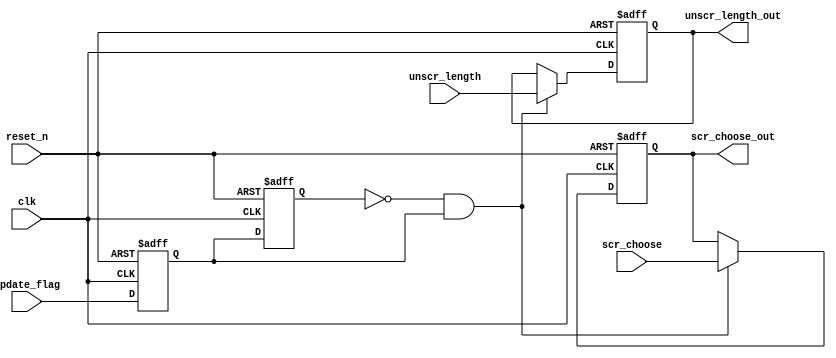
module ScrUpdateCon(
					input clk,
					input reset_n,
					
					input update_flag,
					
					input  scr_choose,
					input [7 : 0] unscr_length,
					
					output reg  scr_choose_out,
					output reg [7 : 0] unscr_length_out
					);
	reg flag_reg0;
	reg flag_reg1;
	
	always @ (posedge clk or negedge reset_n)
	begin
		if (!reset_n)
		begin
			flag_reg0 <= 1'b0;
			flag_reg1 <= 1'b0;
		end
		else
		begin
			flag_reg0 <= update_flag;
			flag_reg1 <= flag_reg0;
		end
	end 
	
	always @ (posedge clk or negedge reset_n)
	begin
		if (!reset_n)
		begin			
			scr_choose_out <= 1'b0;
			unscr_length_out <= 8'd0;
		end
		else if (!flag_reg1&flag_reg0)
		begin
			scr_choose_out <= scr_choose;
			unscr_length_out <= unscr_length;
		end
	end 
endmodule